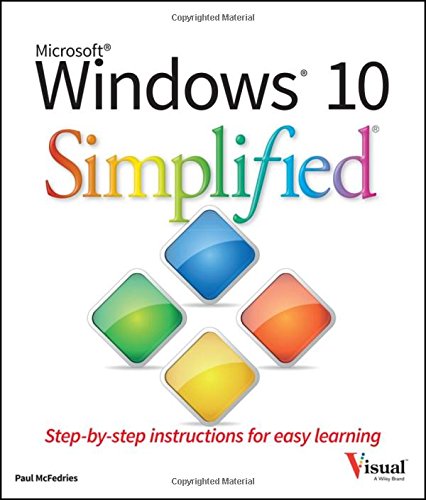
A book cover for Windows 10 Simplified; Paul McFedries; Computers & Technology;